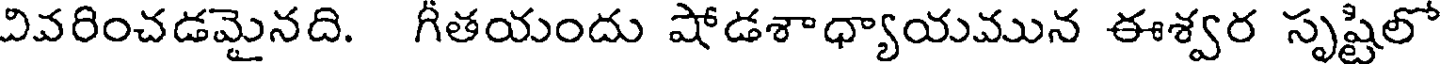
వివరించడమైనది. గీతయందు షోడశాధ్యాయమున ఈశ్వర సృష్టిలో